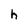
Character: h